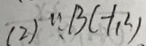
( 2 ) \because B ( - 1 , 2 )